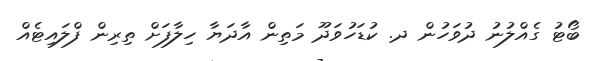
ބޯޓު ގެއްލުނު ދުވަހުން ދ. ކުޑަހުވަދޫ މަތިން އާދަޔާ ހިލާފަށް ތިރިން ފްލައިޓެއް